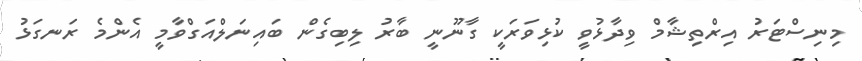
މިނިސްޓަރު އިރްތިޝާމް ވިދާޅުވީ ކުޅިވަރަކީ ގާނޫނީ ބާރު ލިބިގެން ބައިނަލްއަގްވާމީ އެންމެ ރަނގަޅު